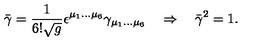
\bar { \gamma } = \frac 1 { 6 ! \sqrt g } \epsilon ^ { \mu _ { 1 } \dots \mu _ { 6 } } \gamma _ { \mu _ { 1 } \dots \mu _ { 6 } } \quad \Rightarrow \quad \bar { \gamma } ^ { 2 } = 1 .